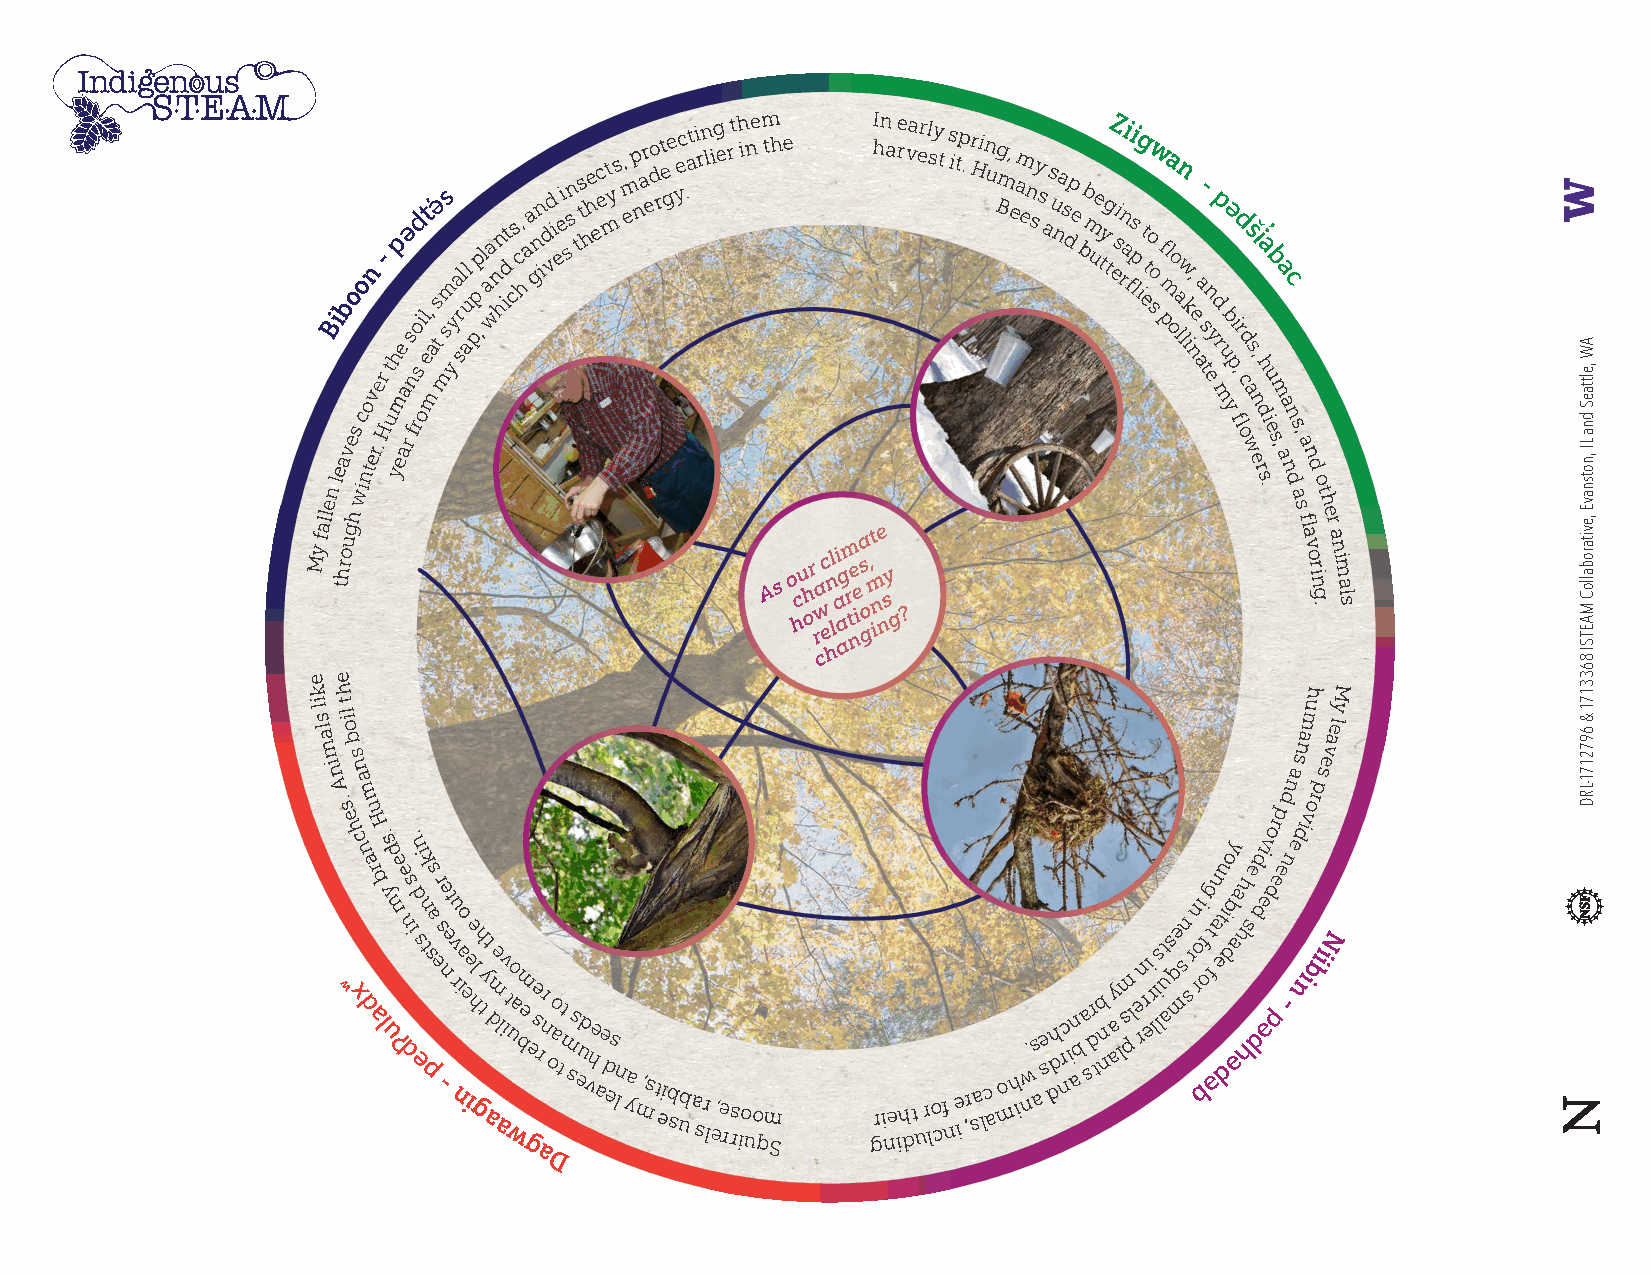
My
 falleB
 n
 li
 e thra
 ob
 uv ge
 ho
 s
 wico
 nto
 en
 v
 r.
 er-
 H
 t
 u
 yh
 ep
 me
 a
 a
 r
 ə
 s
 fn
 rso
 d
 oil
 et̕
 ,
 m
 a
 tsə mss
 ym ya srl al u
 p,pp l
 a
 wa
 n
 hn idt cs c,
 h
 aa gn in d vd i ei e s sn tts hhe ec e mt y s , m ep nar edo rt e ge yec .ati rn lig e rt h ine m t Ah
 s
 e
 o hcu h or rwa cc
 e
 hl n li a
 a
 agm r
 t
 ne ie a s
 o
 g,
 mI h
 t
 inn
 e
 na
 sy
 gre v ?a erl sy t s itp . r Hin ug Bm, e am en sy s a s u na s dp e b b m ue tyg
 t
 Z esi rn ai fi s p lg
 i
 et to
 o
 sw pf ma l oo
 a
 ln
 w lk
 i n
 , e aa
 -
 s tn
 e
 y
 p
 d
 mr u
 ə
 b
 yp
 i
 fd
 ,r
 l
 ocd
 ws
 as
 n
 e
 i ,̓
 r
 a
 dh
 s
 .iu
 eb
 sm
 ,a
 aa
 nc
 n
 d
 s
 a
 s, fa
 lan
 v
 od
 r in
 go
 .
 t h
 e
 r a n im a ls
 e e
 kh                                                                h M
 il
 s
 la
 mt
 lio
 b
 s
 snamu
 evael
 y
 in
 A
 .
 s
 e
 h
 cn
 a nm
 u
 H
 .
 s
 d
 .
 n
 i
 oy
 divorp
 d nn
 a
 edivorp
 s
 ʷ x
 da r ab
 l
 y ume
 ʔ
 e dns
 i e
 d sn tk psas
 e
 r
 s
 -ne et vu
 r
 niao
 e ie e h glh ty a t dm e alv it wuo a bm e ge se rnr o ao tmt ss eud vhe a e d es n l ya m ,s t eib sub a sr
 l
 e,e rrs io uo qm
 S
 gri ne ih dt
 u
 r lo cf
 n
 e
 i
 ,r sa lc a mo h iw n.s a se ddh r nc i an b a sr d tb n n a ay lsm pl e rn ri e r lis lt u as qe
 msn
 sr
 n roi
 b f o
 g
 ft ə
 n
 a
 etu di db əaa hh
 h
 s
 e dde əd pe e
 - nibiiN
 a
 D
 AW
 ,elttaeS
 dna
 LI
 ,notsnavE
 ,evitaroballoC
 MAETSI
 8633171
 &
 6972171-LRD